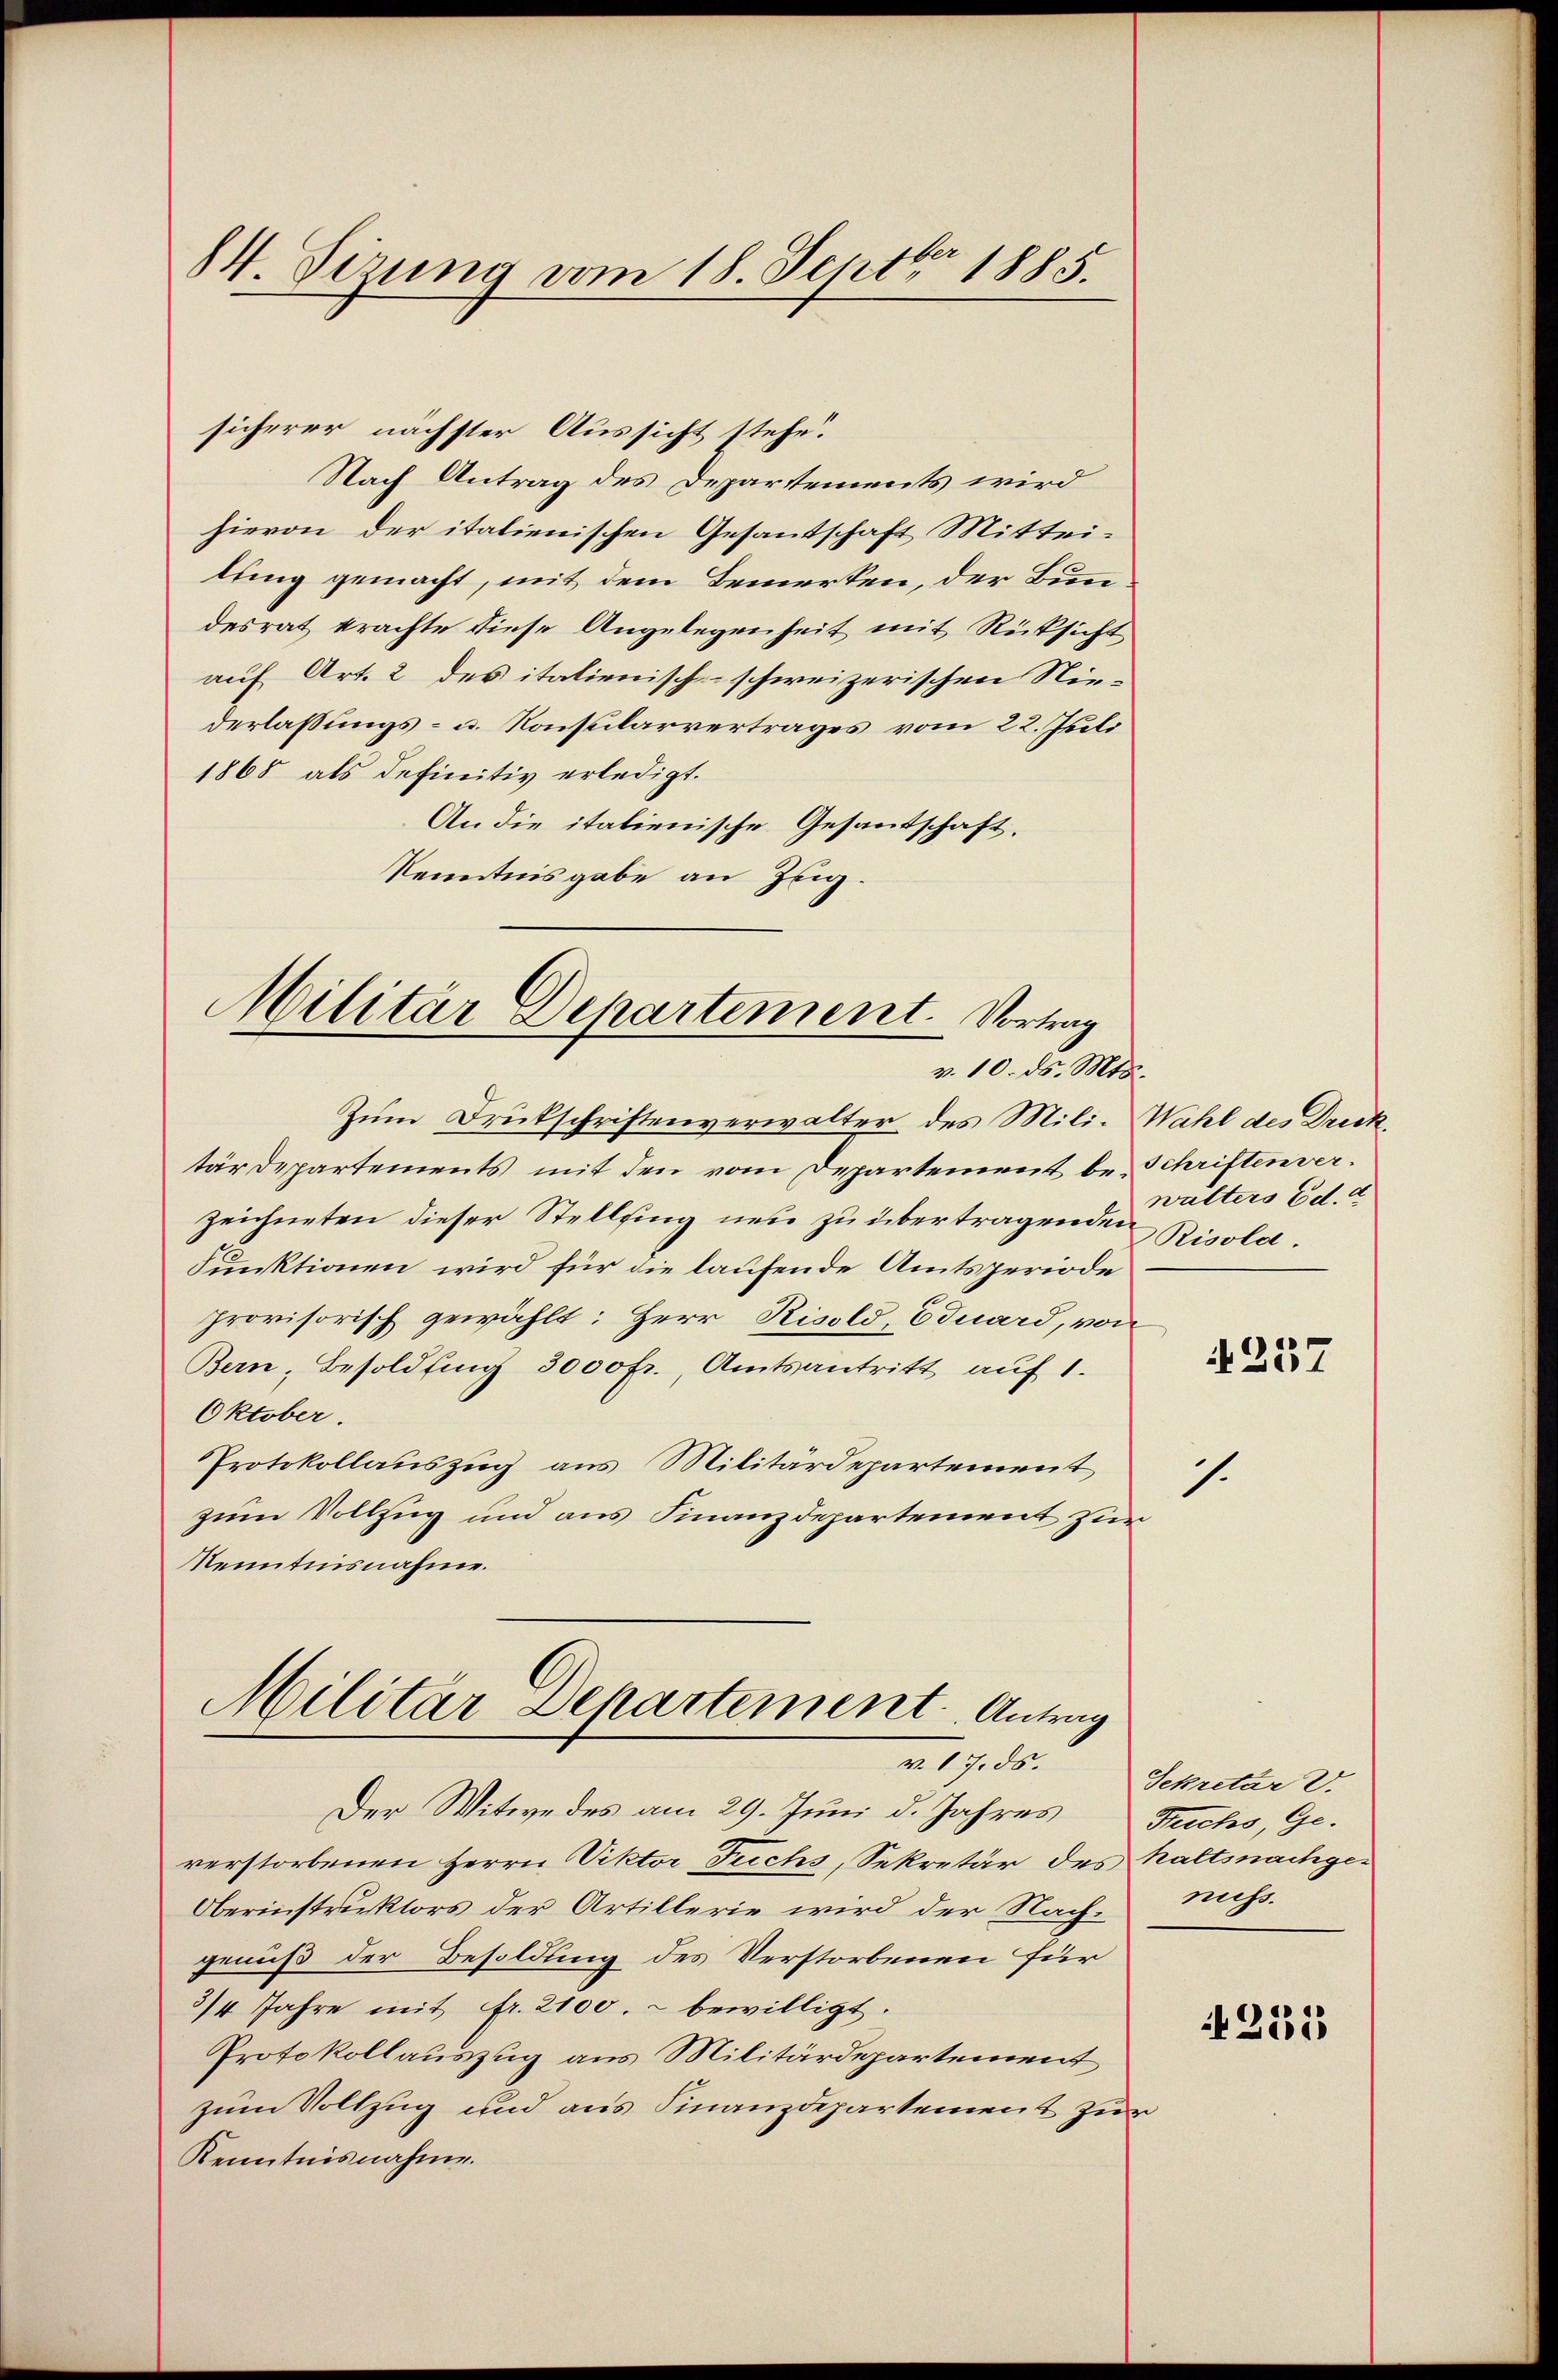
84. Sizung vom 18. Septbr 1885.

sicherer nächster Aussicht stehe.
Nach Antrag des Departements wird
hievon der italienischen Gesantschaft Mitteilung gemacht, mit dem Bemerken, der Bundesrat krachte diese Angelegenheit mit Rücksicht
auf Art. 2 des italienisch-schweizerischen Niederlassungs- u. Konsularvertrages vom 22. Juli
1868 als definitiv erledigt.
An die italienische Gesantschaft.
Kenntnisgabe an Zug.

Militär Departement. Vortrag
v. 10. ds. Mts.

Zŭm Druckschriftenverwalter des Mili-Wahl des Drecktärdepartements mit den vom Departement be-Schriftenverzeichneten dieser Stellfing neu zu übertragenden Ritters Ed. a
Funktionen wird für die laufende Amtsperiode
provisorisch gewählt: Herr Risold, Eduard, von
Bern, Besoldung 3000 fr., Amtsantritt auf 1.
Oktober.
Protokollauszug aus Militärdepartement
zum Vollzug und aus Finanzdepartement zur
Kenntnisnahme.

Militär Departement Antrag

Der Witwe des am 29. Juni d. Jahres Fuchs, Ge-
verstorbenen Herrn Viktor Fuchs, Sekretär des haltsnachge¬
Oberinstruktors der Artillerie wird der Nachgenuß der Besoldung des Verstorbenen für
3/4 Jahre mit fr. 2100. bewilligt.
Protokollauszug aus Militärdepartement
zum Vollzug und aus Finanzdepartement zur
Kenntnisnahme.

Risold

257

7.

v. 17. ds. Sekretär V.
nuss.

255